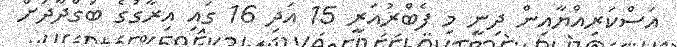
އަސްކަރިއްޔާއިން ދިނީ މި ފެބްރުއަރީ 15 އަދި 16 ގައި އިރާގުގެ ބަގްދާދަށް